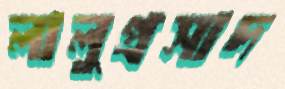
লালুপ্রসাদ